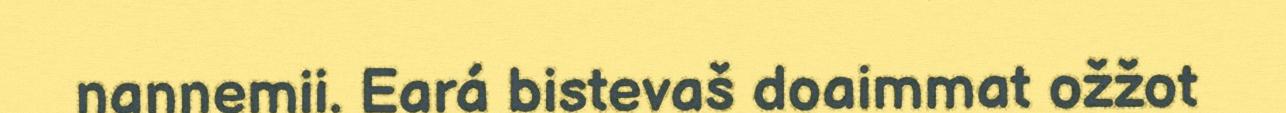
nannemii. Eará bistevaš doaimmat ožžot